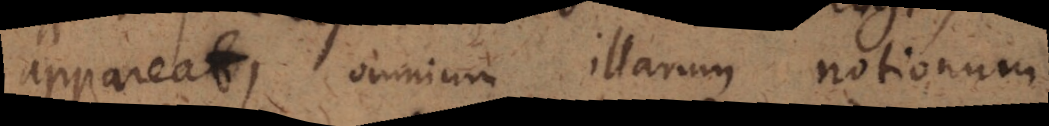
appareat, omnium illarum notionum